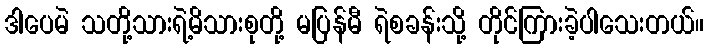
ဒါပေမဲ သတို့သားရဲ့မိသားစုတို့ မပြန်မီ ရဲစခန်းသို့ တိုင်ကြားခဲ့ပါသေးတယ်။